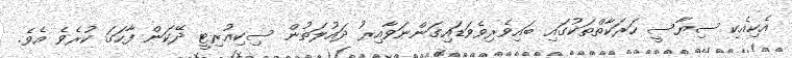
އެކިއެކި ސިޔާސީ ހަރަކާތްތަކުގައި ބައިވެރިވެވަޑައިގަންނަވާއިރު ދައުލަތުން ސިކިއުރިޓީ ދޭކަން ފާހަގަ ކުރެވެ އެވެ.